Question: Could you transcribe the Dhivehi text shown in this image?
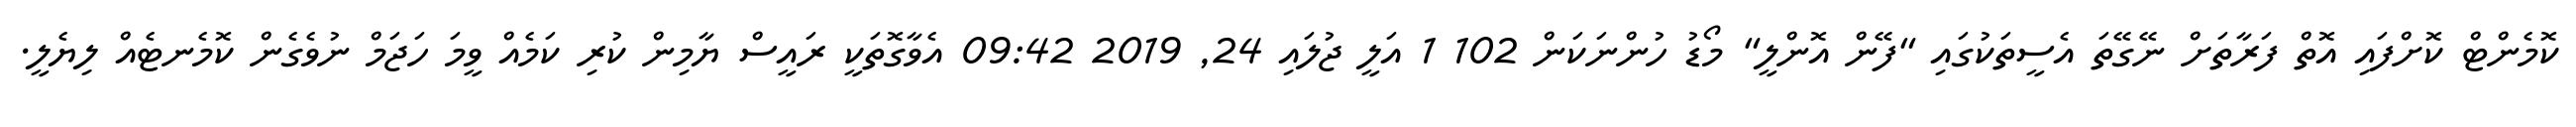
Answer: ކޮމެންޓް ކޮށްފައި އޮތް ފަރާތަށް ނޭގޭތަ އެސީތަކުގައި "ފޭން އޮންލީ" މޯޑު ހުންނަކަން 102 1 އަލީ ޖުލައި 24, 2019 09:42 އެވާގޮތަކީ ރައީސް ޔާމިން ކުރި ކަމެއް ވީމަ ހަޖަމް ނުވެގެން ކޮމެނޓެއް ލިޔެލީ.